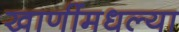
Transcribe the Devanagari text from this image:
खाणींमधल्या